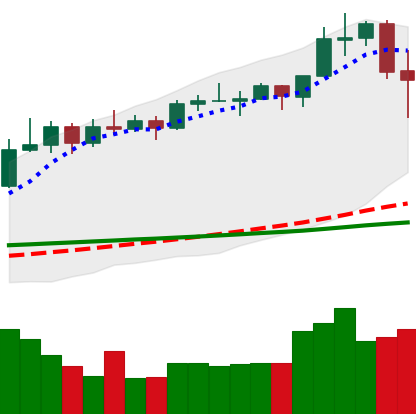
Ticker: ADA-USD
Chart end date: 2020-02-16
Forward return: -6.407%
Label: down_5_7